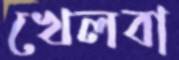
খেলবা